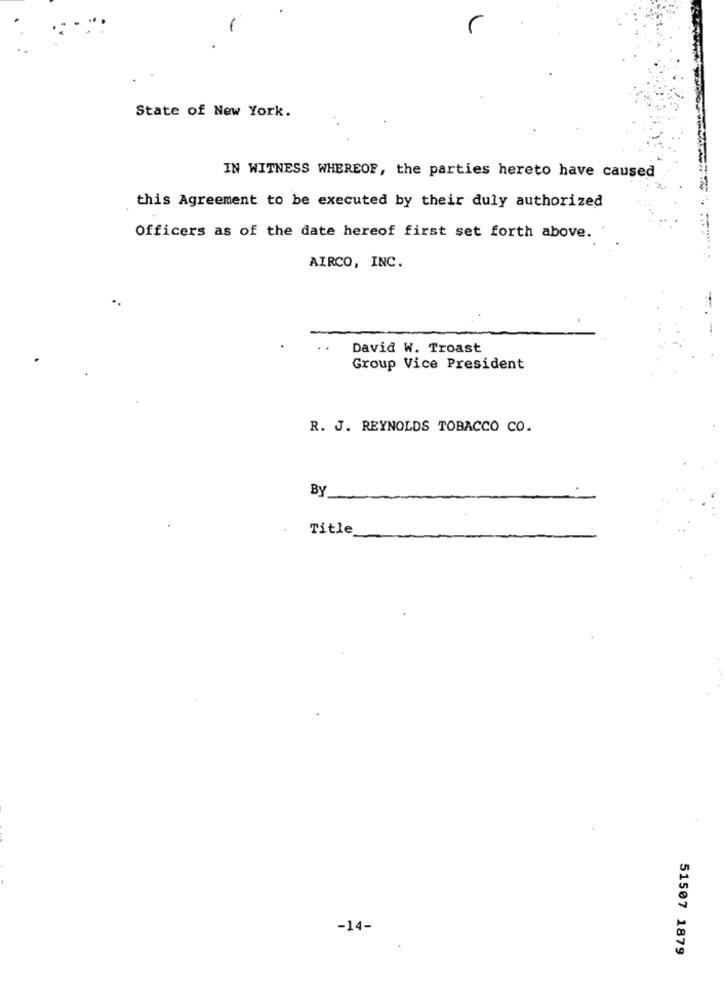
State of New York.
IN WITNESS WHEREOF, the parties hereto have caused
this Agreement to be executed by their duly authorized
Officers as of the date hereof first set forth above.
AIRCO, INC.
David W. Troast
Group Vice President
R. J. REYNOLDS TOBACCO CO.
By
Title
-14-
51507 1879